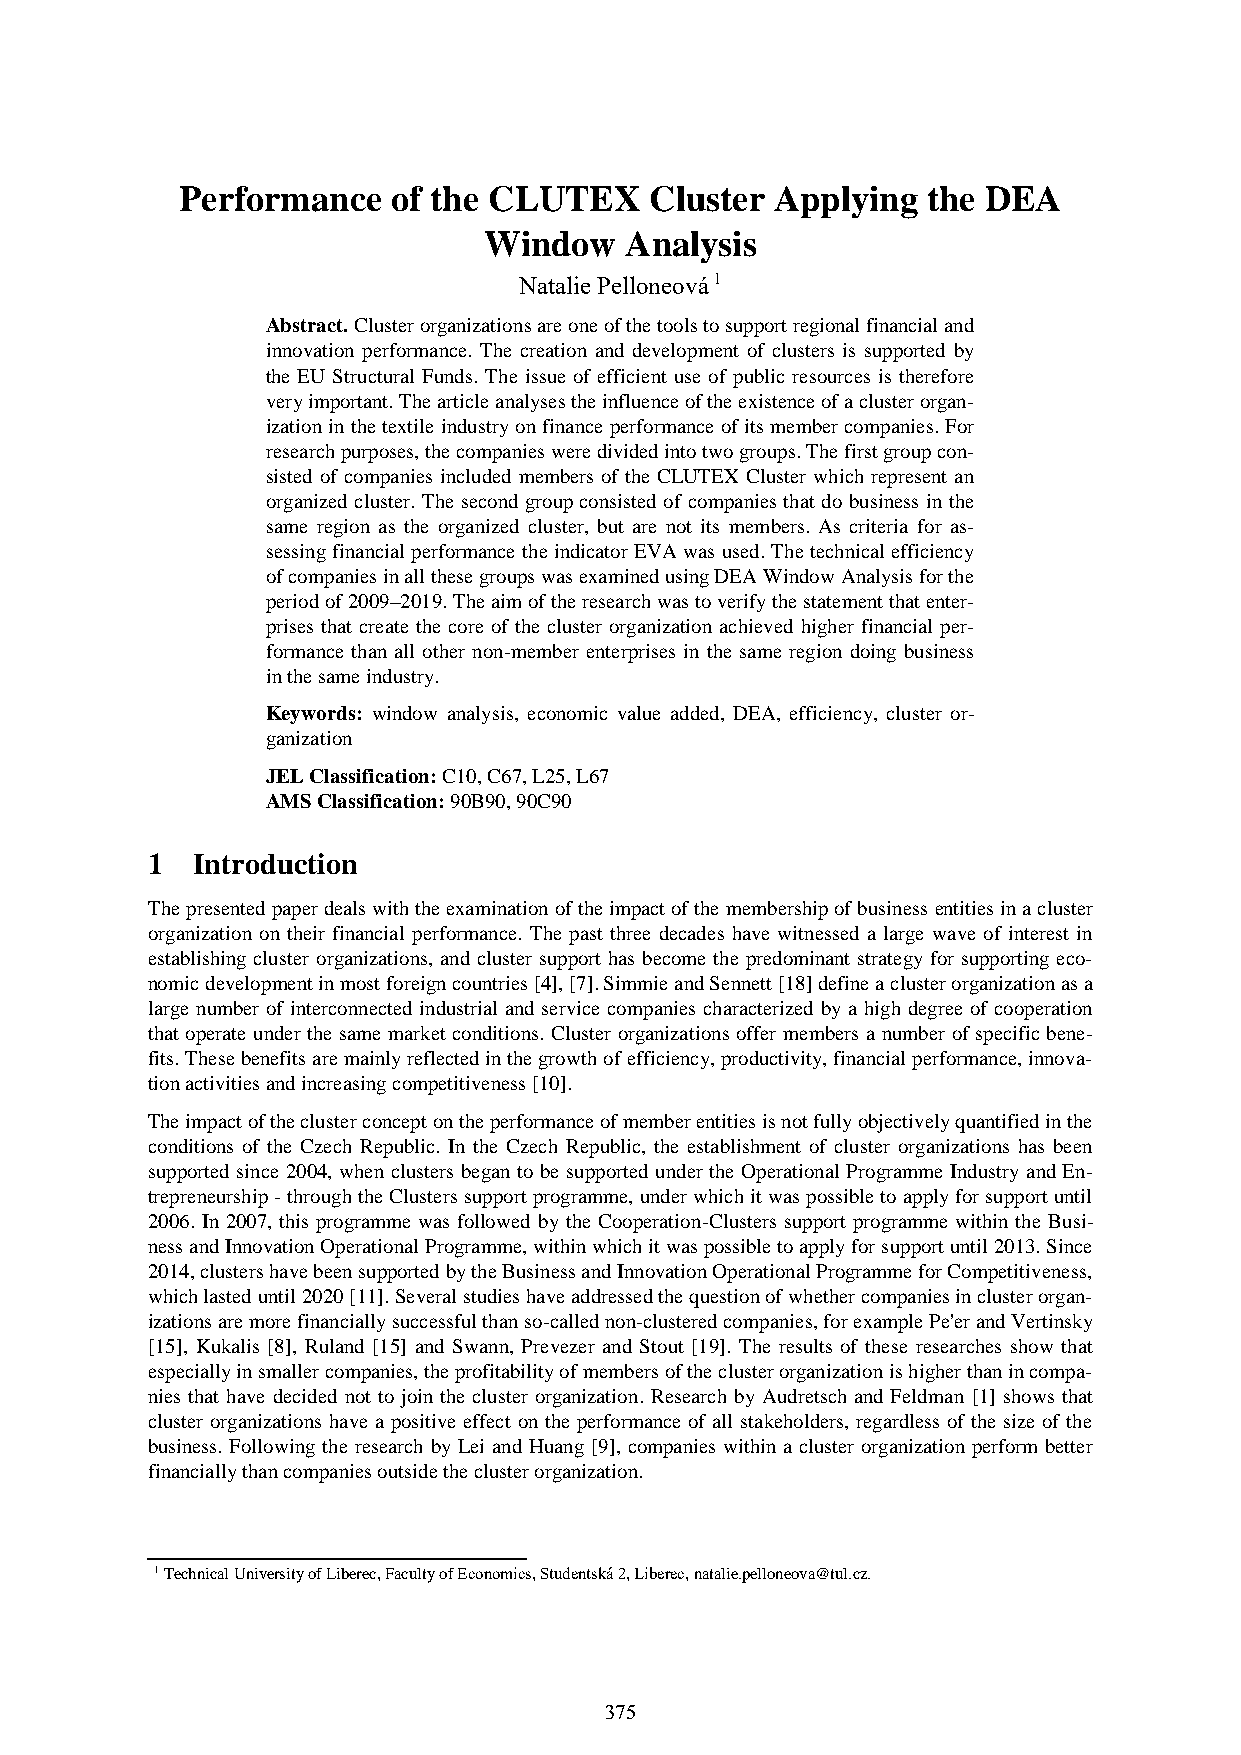
Performance   of the CLUTEX    Cluster Applying  the DEA
 Window   Analysis
 Natalie Pelloneová 1
 Abstract. Cluster organizations are one of the tools to support regional financial and
 innovation performance. The creation and development of clusters is supported by
 the EU Structural Funds. The issue of efficient use of public resources is therefore
 very important. The article analyses the influence of the existence of a cluster organ-
 ization in the textile industry on finance performance of its member companies. For
 research purposes, the companies were divided into two groups. The first group con-
 sisted of companies included members of the CLUTEX Cluster which represent an
 organized cluster. The second group consisted of companies that do business in the
 same region as the organized cluster, but are not its members. As criteria for as-
 sessing financial performance the indicator EVA was used. The technical efficiency
 of companies in all these groups was examined using DEA Window Analysis for the
 period of 2009–2019. The aim of the research was to verify the statement that enter-
 prises that create the core of the cluster organization achieved higher financial per-
 formance than all other non-member enterprises in the same region doing business
 in the same industry.
 Keywords: window analysis, economic value added, DEA, efficiency, cluster or-
 ganization
 JEL Classification: C10, C67, L25, L67
 AMS Classification: 90B90, 90C90
 1  Introduction
 The presented paper deals with the examination of the impact of the membership of business entities in a cluster
 organization on their financial performance. The past three decades have witnessed a large wave of interest in
 establishing cluster organizations, and cluster support has become the predominant strategy for supporting eco-
 nomic development in most foreign countries [4], [7]. Simmie and Sennett [18] define a cluster organization as a
 large number of interconnected industrial and service companies characterized by a high degree of cooperation
 that operate under the same market conditions. Cluster organizations offer members a number of specific bene-
 fits. These benefits are mainly reflected in the growth of efficiency, productivity, financial performance, innova-
 tion activities and increasing competitiveness [10].
 The impact of the cluster concept on the performance of member entities is not fully objectively quantified in the
 conditions of the Czech Republic. In the Czech Republic, the establishment of cluster organizations has been
 supported since 2004, when clusters began to be supported under the Operational Programme Industry and En-
 trepreneurship - through the Clusters support programme, under which it was possible to apply for support until
 2006. In 2007, this programme was followed by the Cooperation-Clusters support programme within the Busi-
 ness and Innovation Operational Programme, within which it was possible to apply for support until 2013. Since
 2014, clusters have been supported by the Business and Innovation Operational Programme for Competitiveness,
 which lasted until 2020 [11]. Several studies have addressed the question of whether companies in cluster organ-
 izations are more financially successful than so-called non-clustered companies, for example Pe'er and Vertinsky
 [15], Kukalis [8], Ruland [15] and Swann, Prevezer and Stout [19]. The results of these researches show that
 especially in smaller companies, the profitability of members of the cluster organization is higher than in compa-
 nies that have decided not to join the cluster organization. Research by Audretsch and Feldman [1] shows that
 cluster organizations have a positive effect on the performance of all stakeholders, regardless of the size of the
 business. Following the research by Lei and Huang [9], companies within a cluster organization perform better
 financially than companies outside the cluster organization.
 1 Technical University of Liberec, Faculty of Economics, Studentská 2, Liberec, natalie.pelloneova@tul.cz.
 375